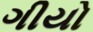
ગીયો